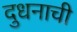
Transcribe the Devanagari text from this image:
दुधनाची